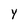
Character: Y